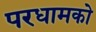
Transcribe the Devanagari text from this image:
परधामको